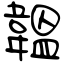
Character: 韞